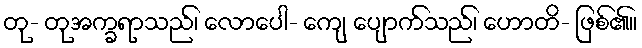
တု- တုအက္ခရာသည်၊ လောပေါ- ကျေ ပျောက်သည်၊ ဟောတိ- ဖြစ်၏။